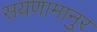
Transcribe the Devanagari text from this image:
सयणामानुर